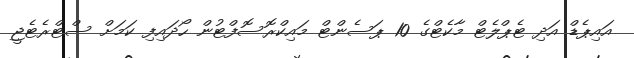
އައިޕެޑް އަދި ޓެޕްލެޓް މާކެޓްގެ 10 ޕަސެންޓް މައިކްރޮސޮފްޓުން ހޯދައިފި ކަމަށް ސްޓްރެޓެޖީ